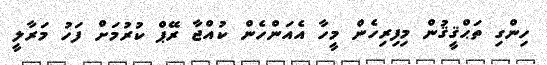
ހިންގި ތަޙްޤީޤުން މިފިރިހެން މީހާ އެއަންހެން ކުއްޖާ ރޭޕް ކުރުމަށް ފަހު މަރާލީ